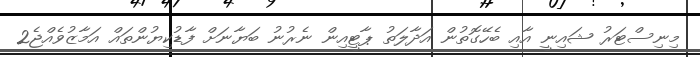
މިނިސްޓަރު ޝައިނީ އާއި ބެހޭގޮތުން އަދާލަތު ޕާޓީއިން ނެރުނު ބަޔާނަށް ފާޑުކިޔުންތައް އަމާޒުވެއްޖެ2